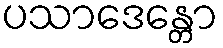
ပသာဒေန္တော